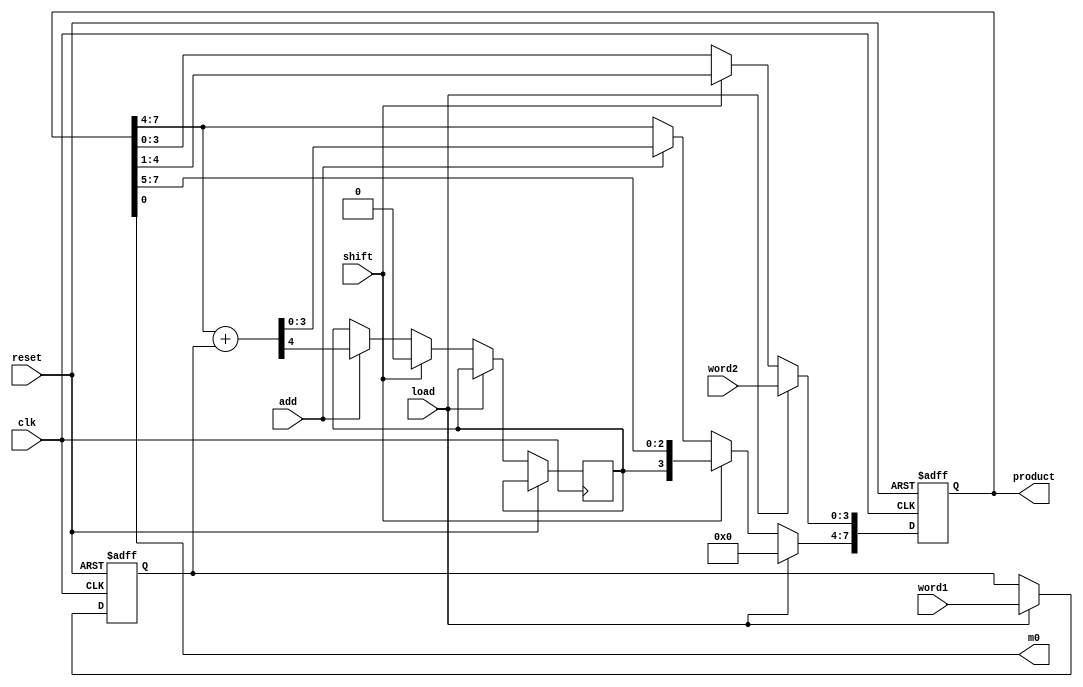
module datapath (clk, reset, load, shift, add, word1, word2, product, m0); 
	input clk, reset, load, shift, add;
	input [3:0] word1, word2;
	output [7:0] product;
	output m0;
	
	reg [7:0] product;	
	reg carry;
	reg [3:0] multiplicand;	
	wire[4:0] sum;			// 5-bit	
	
	assign m0 = product[0];
	assign sum = product[7:4] + multiplicand;

  	always @ (posedge clk or posedge reset) begin
		if (reset) begin multiplicand <= 0; product <= 0; end
    		else if (load) begin 
			multiplicand <= word1;	
			product <= {4'b0, word2}; 	// lower 4-bit = multiplier
		end 
		else if (shift) begin		// shift-right
			product <= {carry, product[7:1]}; carry <= 0; end
		else if (add) 	// add & shift right
			{carry, product[7:4]} <= sum;
		end
endmodule